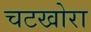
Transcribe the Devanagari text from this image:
चटखोरा